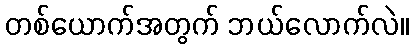
တစ်ယောက်အတွက် ဘယ်လောက်လဲ။